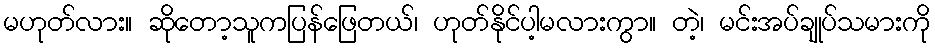
မဟုတ်လား။ ဆိုတော့သူကပြန်ဖြေတယ်၊ ဟုတ်နိုင်ပါ့မလားကွာ။ တဲ့၊ မင်းအပ်ချုပ်သမားကို